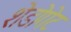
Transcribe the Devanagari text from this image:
शेडोगेट